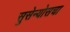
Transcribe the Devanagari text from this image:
सुसेन्योसचा